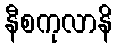
နီစကုလာနိ